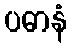
ပဓာနံ